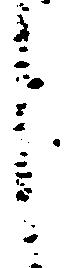
し